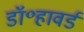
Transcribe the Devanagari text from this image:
डॉ॰हावर्ड